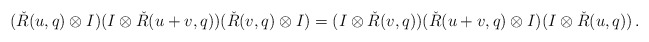
\begin{align*}(\check{R}(u,q)\otimes I)(I\otimes \check{R}(u+v,q))(\check{R}(v,q)\otimes I)=(I\otimes \check{R}(v,q))(\check{R}(u+v,q)\otimes I)(I\otimes \check{R}(u,q))\,.\end{align*}